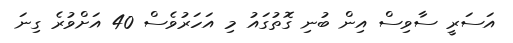
އަސަރީ ސާވިސް އިން ބުނި ގޮތުގައު މި އަހަރުވެސް 40 އަށްވުރެ ގިނަ